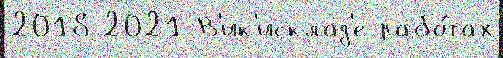
2018 2021 В'ик'исклад'е рабо́тах